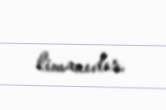
limanıdır.